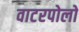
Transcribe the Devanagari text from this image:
वाटरपोलो